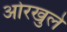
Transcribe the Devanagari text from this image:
ओरखुले